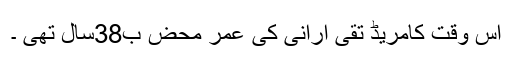
اس وقت کامریڈ تقی ارانی کی عمر محض ب38سال تھی ۔